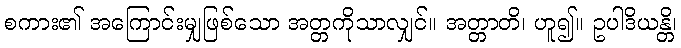
စကား၏ အကြောင်းမျှဖြစ်သော အတ္တကိုသာလျှင်။ အတ္တာတိ၊ ဟူ၍။ ဥပါဒိယန္တိ၊